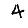
Digit: 4